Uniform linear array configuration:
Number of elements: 4
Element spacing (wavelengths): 1
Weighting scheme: hamming
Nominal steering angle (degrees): -15
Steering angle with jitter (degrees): -13.301
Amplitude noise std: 0.05
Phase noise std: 0.05

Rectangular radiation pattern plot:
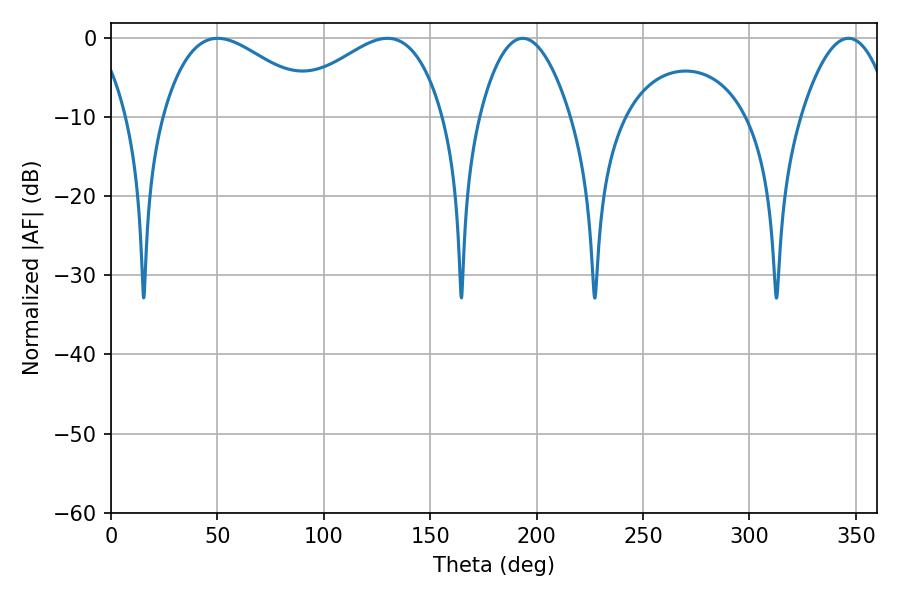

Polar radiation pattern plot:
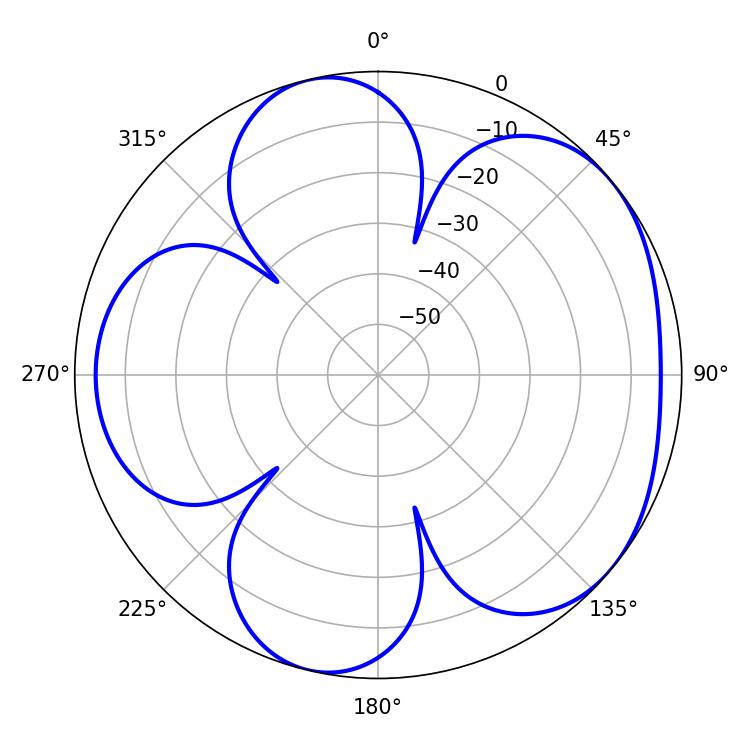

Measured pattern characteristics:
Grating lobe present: TRUE
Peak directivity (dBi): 4.733
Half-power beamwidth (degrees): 23.58
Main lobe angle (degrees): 193.5